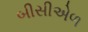
બીસીએળ